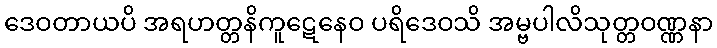
ဒေဝတာယပိ အရဟတ္တနိကူဋေနေဝ ပရိဒေဝသိ အမ္ဗပါလိသုတ္တဝဏ္ဏနာ